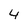
Character: 4